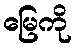
မြေကို